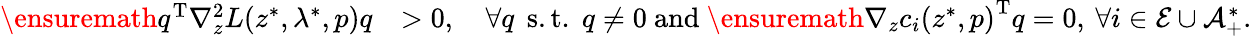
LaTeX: \begin{array}{rl}{\ensuremath{{q}^{\mathrm{T}}}\nabla_{z}^{2}L(z^{*},\lambda^{*},p)q}&{>0,\quad\forall q\: \: \mathrm{s.t.}\: \: q\neq 0\mathrm{~and~}\ensuremath{{\nabla_{z}c_{i}(z^{*},p)}^{\mathrm{T}}}q=0,\: \forall i\in\mathcal{E}\cup\mathcal{A}_{+}^{*}.}\end{array}